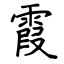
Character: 霞